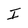
Character: I